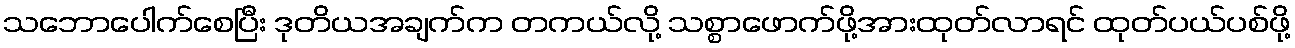
သဘောပေါက်စေပြီး ဒုတိယအချက်က တကယ်လို့ သစ္စာဖောက်ဖို့အားထုတ်လာရင် ထုတ်ပယ်ပစ်ဖို့